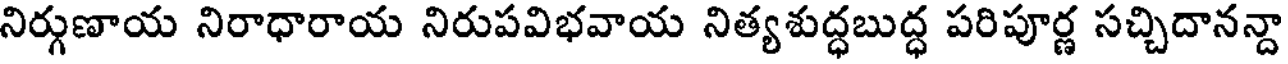
నిర్గుణాయ నిరాధారాయ నిరుపవిభవాయ నిత్యశుద్ధబుద్ధ పరిపూర్ణ సచ్చిదానన్దా